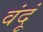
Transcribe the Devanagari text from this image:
वंदूं